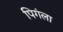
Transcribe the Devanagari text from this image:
पिगंला